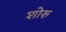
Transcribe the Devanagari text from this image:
शोरु